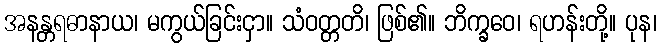
အနန္တရဓာနာယ၊ မကွယ်ခြင်းငှာ။ သံဝတ္တတိ၊ ဖြစ်၏။ ဘိက္ခဝေ၊ ရဟန်းတို့။ ပုန၊